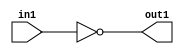

////////////////////////////////////////////// INV
module INV(in1, out1);
      output reg out1;
       input in1;
always@(*)
begin 
out1 = ~in1;
end

endmodule

////////////////////////////////////////////// AND2
module AND2(A,B,Y);
      output reg Y;
       input A,B;
     
always@(*)
begin 
Y=A&B;
end

endmodule

////////////////////////////////////////////// AND3
module AND3(A,B,C,Y);
      output reg Y;
       input A,B,C;
     
always@(*)
begin 
Y=A&B&C;
end

endmodule

////////////////////////////////////////////// AND4
module AND4(A,B,C,D,Y);
      output reg Y;
       input A,B,C,D;
     
always@(*)
begin 
Y=A&B&C&D;
end

endmodule


////////////////////////////////////////////// OR2
module OR2(A,B,Y);
      output reg Y;
       input A,B;

always@(*)
begin 
Y=A|B;
end

endmodule

////////////////////////////////////////////// OR3
module OR3(A,B,C,Y);
      output reg Y;
       input A,B,C;

always@(*)
begin 
Y=A|B|C;
end

endmodule

////////////////////////////////////////////// OR4
module OR4(A,B,C,D,Y);
      output reg Y;
       input A,B,C,D;

always@(*)
begin 
Y=A|B|C|D;
end

endmodule

////////////////////////////////////////////// NAND2
module NAND2(A,B,Y);
      output reg Y;
       input A,B;
     
always@(*)
begin 
Y=~(A&B);
end

endmodule

////////////////////////////////////////////// NAND3
module NAND3(A,B,C,Y);
      output reg Y;
       input A,B,C;
     
always@(*)
begin 
Y=~(A&B&C);
end

endmodule

////////////////////////////////////////////// NAND4
module NAND4(A,B,C,D,Y);
      output reg Y;
       input A,B,C,D;
     
always@(*)
begin 
Y=~(A&B&C&D);
end

endmodule

////////////////////////////////////////////// NOR2

module NOR2(A,B,Y);
      output reg Y;
       input A,B;
     
always@(*)
begin 
Y=~(A|B);
end

endmodule

////////////////////////////////////////////// NOR3

module NOR3(A,B,C,Y);
      output reg Y;
       input A,B,C;
     
always@(*)
begin 
Y=~(A|B|C);
end

endmodule

////////////////////////////////////////////// NOR4

module NOR4(A,B,C,D,Y);
      output reg Y;
       input A,B,C,D;
     
always@(*)
begin 
Y=~(A|B|C|D);
end

endmodule

////////////////////////////////////////////// XOR2
module XOR2(A,B,Y);
      output reg Y;
       input A,B;
     
always@(*)
begin 
Y=(~A&B) | (A&~B);
end

endmodule

//////////////////////////////////////////////XNOR2
module XNOR2(A,B,Y);
      output reg Y;
       input A,B;
     
always@(*)
begin 
Y=(A&B) | (~A&~B);
end

endmodule

//////////////////////////////////////////////DFF, positive edge D flip flop, asynchronous positive reset

module DFF(Q,D,CLK,RESET);

output reg Q;
input D,CLK,RESET;

always@(posedge CLK or posedge RESET) 
begin
    if(RESET) Q<=1'b0;
    else Q<=D;
end

endmodule

//////////////////////////////////////////////MUX21
module MUX21(SEL,A,B,Y); //if SEL==1 Y=A, else Y=B
output reg Y;
input SEL,A,B;

always@(*) 
begin
    Y = (SEL)?A:B;
end
   
endmodule

//////////////////////////////////////////////MUX41
module MUX41(SEL,A,B,C,D,Y); //if SEL==00 Y=A, SEL==01 Y=B, SEL==10 Y=C, SEL==11 Y=D
output reg Y;
input [1:0] SEL;
input A,B,C,D;

always@(*) 
begin
    case(SEL)
    2'b00: Y=A;
    2'b01: Y=B;
    2'b10: Y=C;
    2'b11: Y=D;
    endcase
end
   
endmodule